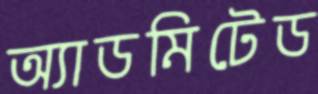
অ্যাডমিটেড